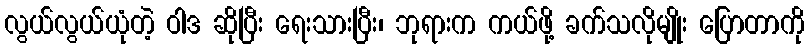
လွယ်လွယ်ယုံတဲ့ ဝါဒ ဆိုပြီး ရေးသားပြီး၊ ဘုရားက ကယ်ဖို့ ခက်သလိုမျိုး ပြောတာကို